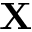
\mathbf { X }